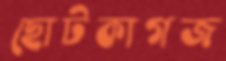
ছোটকাগজ